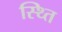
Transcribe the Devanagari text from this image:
स्थ्‍ति